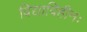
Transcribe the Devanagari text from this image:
विद्याविहीनः